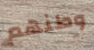
وطنهم